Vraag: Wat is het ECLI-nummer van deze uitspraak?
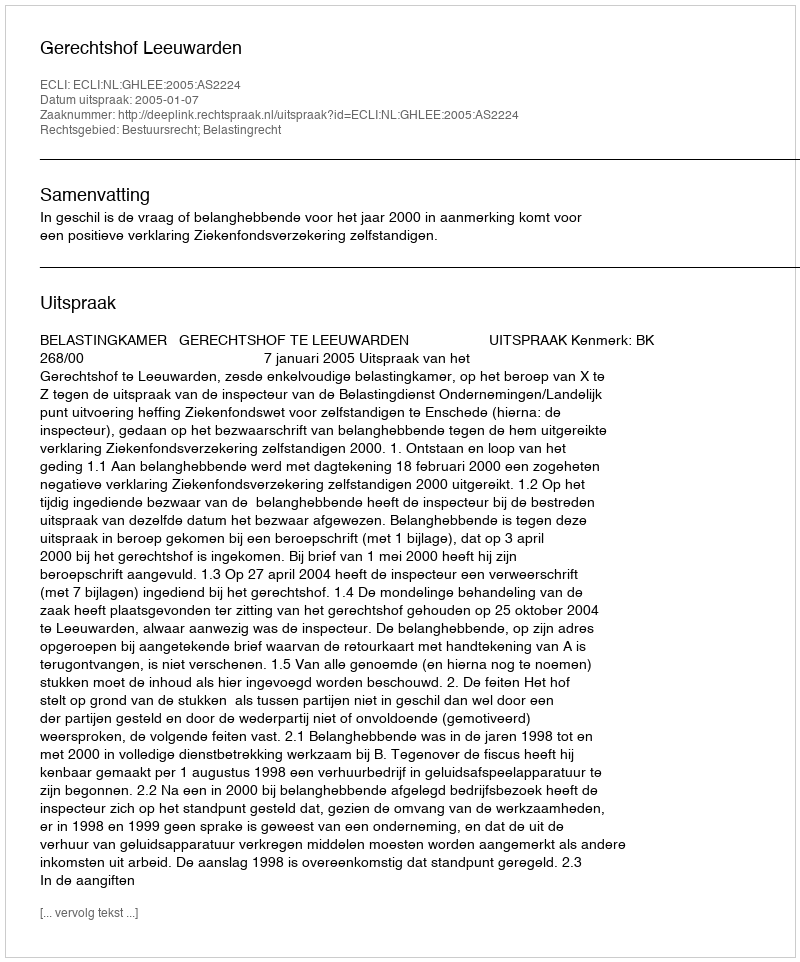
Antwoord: ECLI:NL:GHLEE:2005:AS2224